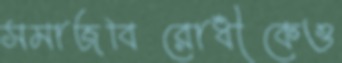
সমাজবিরোধীকেও